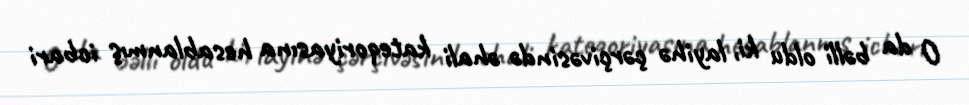
O da bəlli oldu ki, layihə çərçivəsində əhali kateqoriyasına hesablanmış icbari